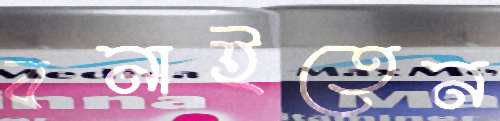
বনাইতেন